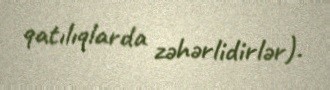
qatılıqlarda zəhərlidirlər).